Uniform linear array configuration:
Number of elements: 64
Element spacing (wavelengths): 0.25
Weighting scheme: cosine
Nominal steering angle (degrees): -15
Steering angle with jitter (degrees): -14.196
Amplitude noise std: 0.05
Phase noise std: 0.05

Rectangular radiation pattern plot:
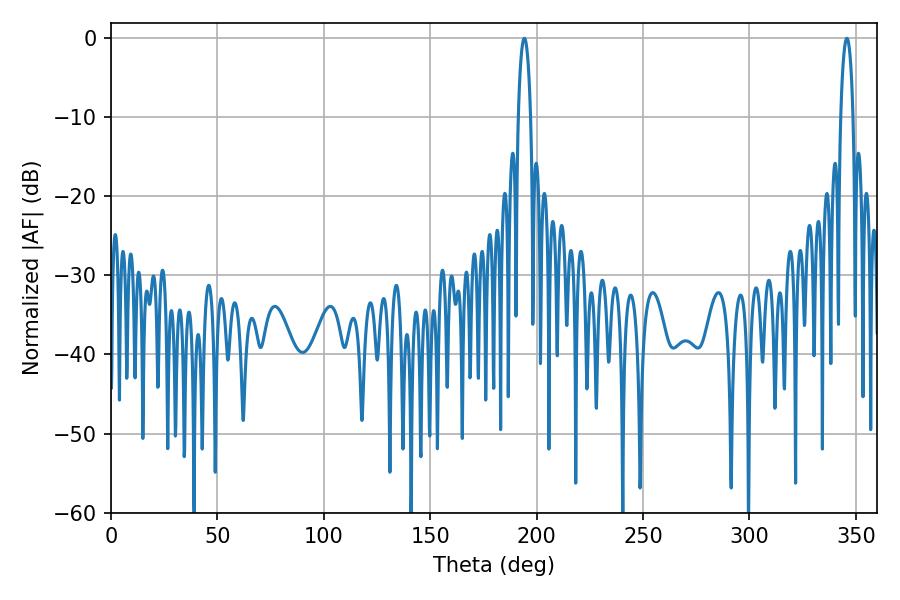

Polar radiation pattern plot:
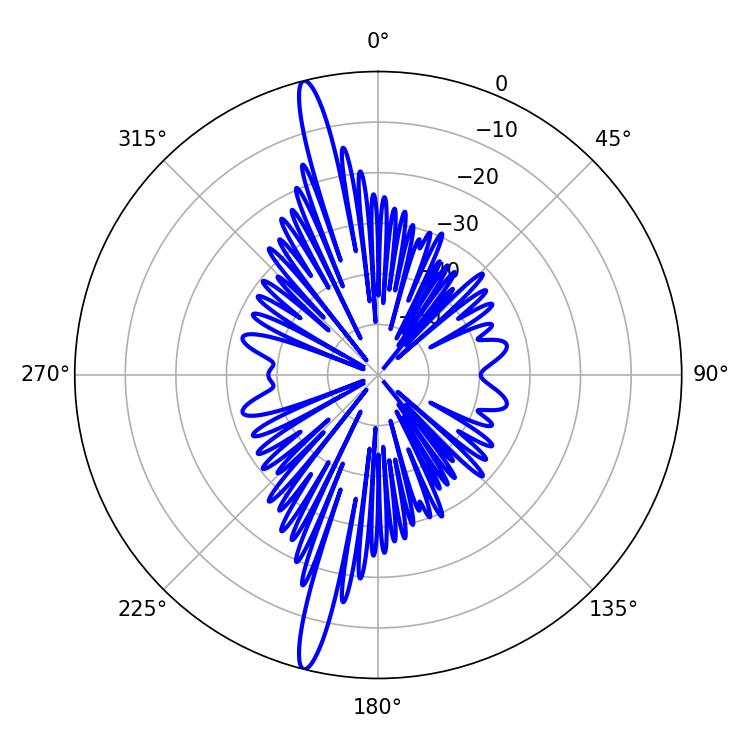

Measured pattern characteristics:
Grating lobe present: FALSE
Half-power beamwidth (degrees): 3.24
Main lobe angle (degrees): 194.22